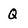
Character: Q